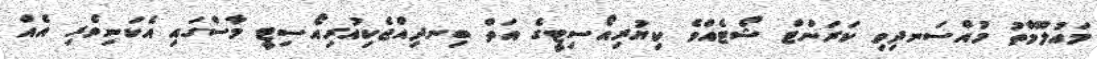
މައުލޫމާތު މުއްސަނދިވި ކަރަންޓް ޝޯޓެއްވެ ކިޔުރިއޯސިޓީގެ އަތް ބިނދިއްޖެކިއުރިއޯސިޓީ މާސްގައި އެކަނިވެރި އެއް